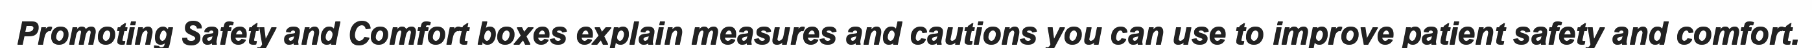
Promoting Safety and Comfort boxes explain measures and cautions you can use to improve patient safety and comfort.